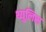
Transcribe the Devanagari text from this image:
थ्युलिस